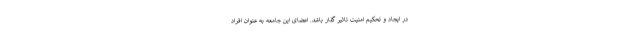
در ایجاد و تحکیم امنیت تاثیر گذار باشد. اعضای این جامعه به عنوان افراد